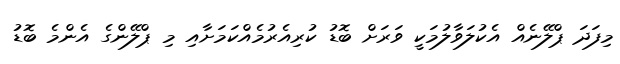
މިފަދަ ޕްލޭނެއް އެކުލަވާލުމަކީ ވަރަށް ބޮޑު ކުރިއެރުމެއްކަމަށާއި މި ޕްލޭންގެ އެންމެ ބޮޑު